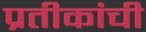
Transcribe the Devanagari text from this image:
प्रतीकांची